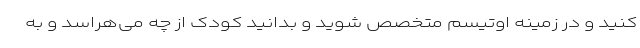
کنید و در زمینه اوتیسم متخصص شوید و بدانید کودک از چه می‌هراسد و به